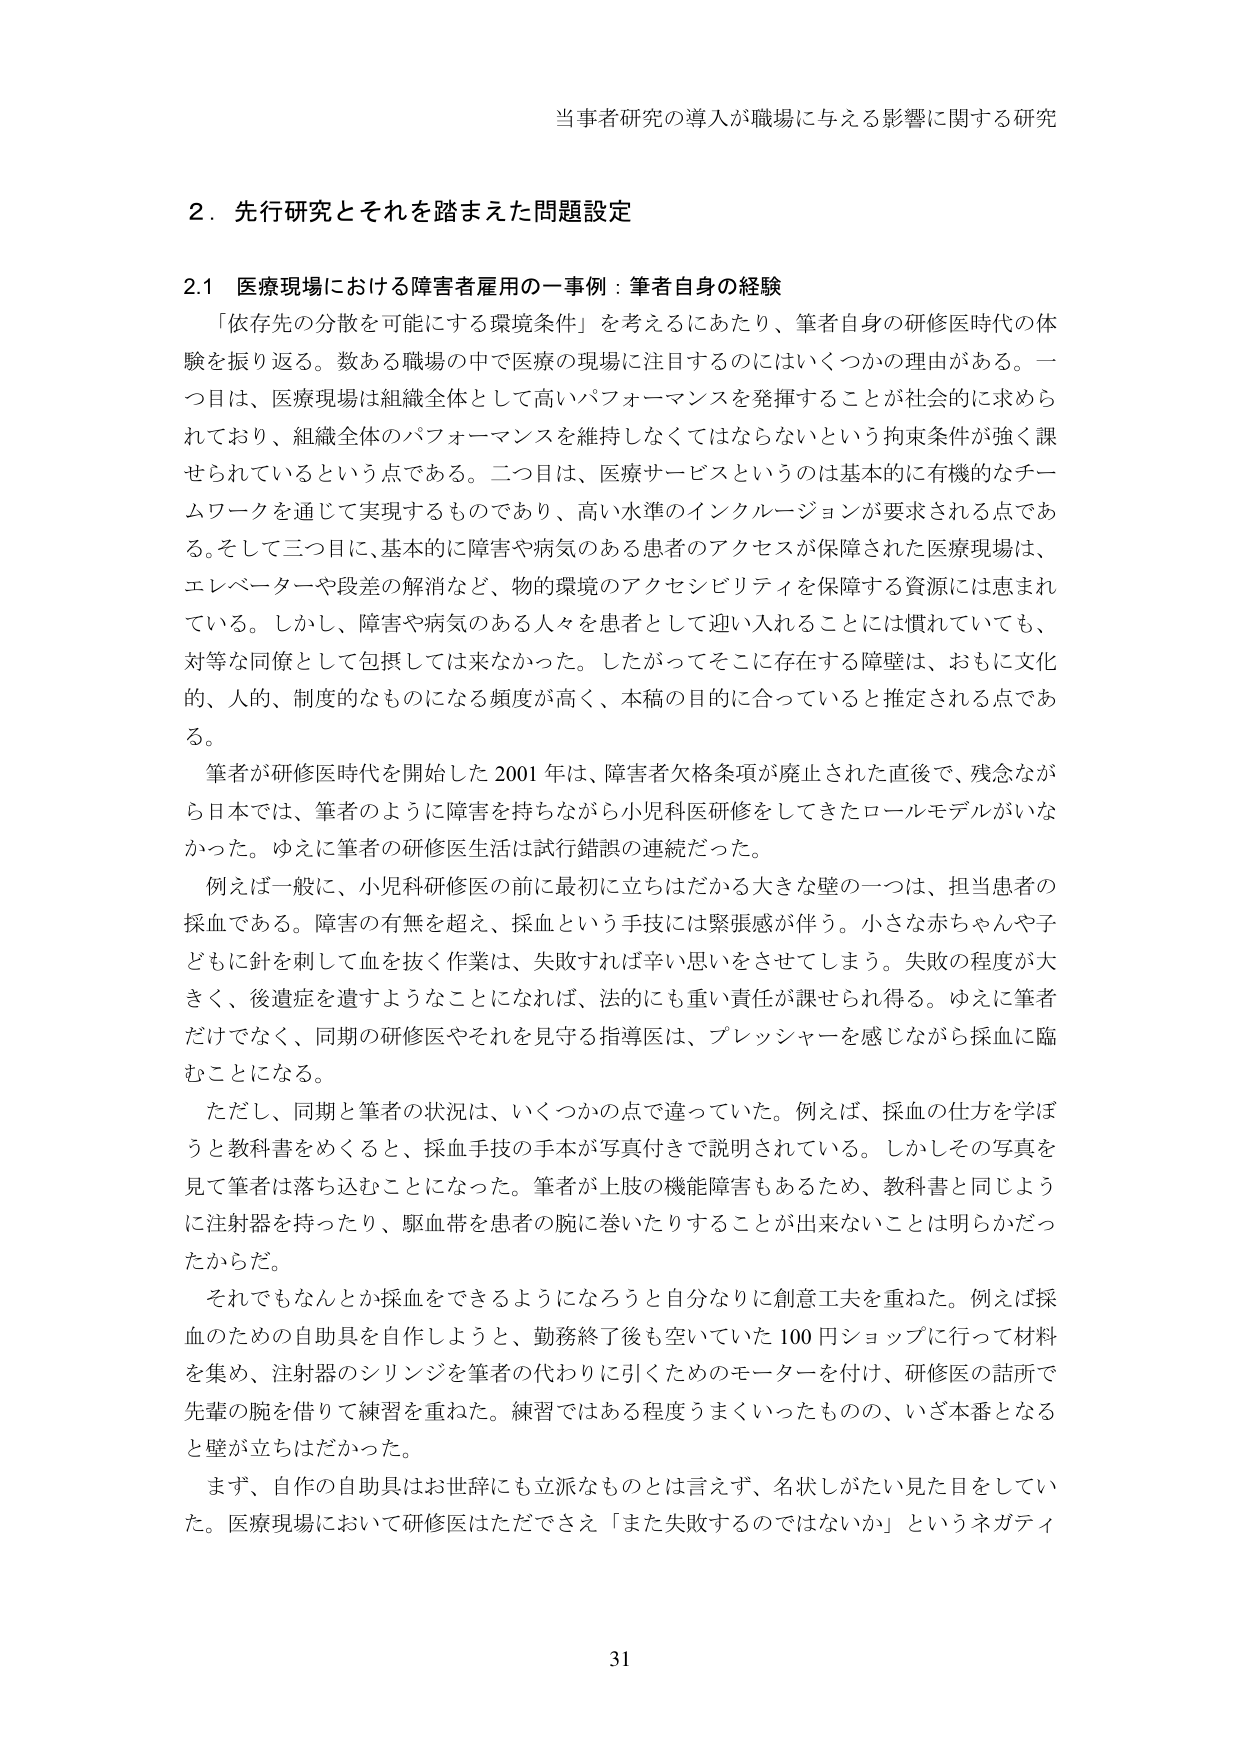
当事者研究の導入が職場に与える影響に関する研究

2．先行研究とそれを踏まえた問題設定

2.1 医療現場における障害者雇用の一事例：筆者自身の経験

「依存先の分散を可能にする環境条件」を考えるにあたり、筆者自身の研修医時代の体験を振り返る。数ある職場の中で医療の現場に注目するのにはいくつかの理由がある。一つ目は、医療現場は組織全体として高いパフォーマンスを発揮することが社会的に求められており、組織全体のパフォーマンスを維持しなくてはならないという拘束条件が強く課せられているという点である。二つ目は、医療サービスというのは基本的に有機的なチームワークを通じて実現するものであり、高い水準のインクルージョンが要求される点である。そして三つ目に、基本的に障害や病気のある患者のアクセスが保障された医療現場は、エレベーターや段差の解消など、物的環境のアクセシビリティを保障する資源には恵まれている。しかし、障害や病気のある人々を患者として迎い入れることには慣れていても、対等な同僚として包摂しては来なかった。したがってそこに存在する障壁は、おもに文化的、人的、制度的なものになる頻度が高く、本稿の目的に合っていると推定される点である。

筆者が研修医時代を開始した 2001 年は、障害者欠格条項が廃止された直後で、残念ながら日本では、筆者のように障害を持ちながら小児科医研修をしてきたロールモデルがいなかった。ゆえに筆者の研修医生活は試行錯誤の連続だった。

例えば一般に、小児科研修医の前に最初に立ちはだかる大きな壁の一つは、担当患者の採血である。障害の有無を超え、採血という手技には緊張感が伴う。小さな赤ちゃんや子どもに針を刺して血を抜く作業は、失敗すれば辛い思いをさせてしまう。失敗の程度が大きく、後遺症を遺すようなことになれば、法的にも重い責任が課せられ得る。ゆえに筆者だけでなく、同期の研修医やそれを見守る指導医は、プレッシャーを感じながら採血に臨むことになる。

ただし、同期と筆者の状況は、いくつかの点で違っていた。例えば、採血の仕方を学ぼうと教科書をめくると、採血手技の手本が写真付きで説明されている。しかしその写真を見て筆者は落ち込むことになった。筆者が上肢の機能障害もあるため、教科書と同じように注射器を持ったり、駆血帯を患者の腕に巻いたりすることが出来ないことは明らかだったからだ。

それでもなんとか採血をできるようになろうと自分なりに創意工夫を重ねた。例えば採血のための自助具を自作しようと、勤務終了後も空いていた 100 円ショップに行って材料を集め、注射器のシリンジを筆者の代わりに引くためのモーターを付け、研修医の話所で先輩の腕を借りて練習を重ねた。練習ではある程度うまくいったものの、いざ本番となると壁が立ちはだかった。

まず、自作の自助具はお世辞にも立派なものとは言えず、名状しがたい見た目をしていた。医療現場において研修医はただでさえ「また失敗するのではないか」というネガティ

31